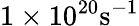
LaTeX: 1\times 10^{20}\mathrm{s}^{-1}